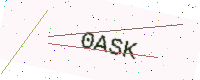
Text: 0ASK